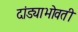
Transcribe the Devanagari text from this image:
दांड्याभोवती